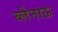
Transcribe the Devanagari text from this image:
ब्लेनाऊ